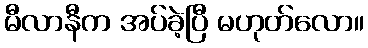
မီလာနီက အပ်ခဲ့ပြီ မဟုတ်လော။